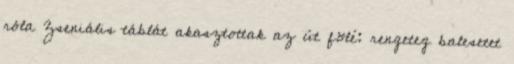
róla Zseniális táblát akasztottak az út fölé: rengeteg balesetet